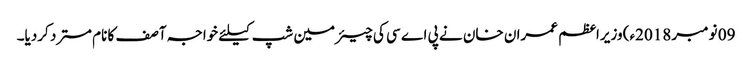
09 نومبر 2018ء) وزیراعظم عمران خان نے پی اے سی کی چیئرمین شپ کیلئے خواجہ آصف کا نام مسترد کردیا۔